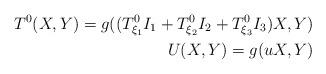
LaTeX: \begin{align*} T^0(X,Y)= g((T_{\xi_1}^{0}I_1+T_{\xi_2}^{0}I_2+T_{ \xi_3}^{0}I_3)X,Y) \\ U(X,Y) =g(uX,Y)\end{align*}